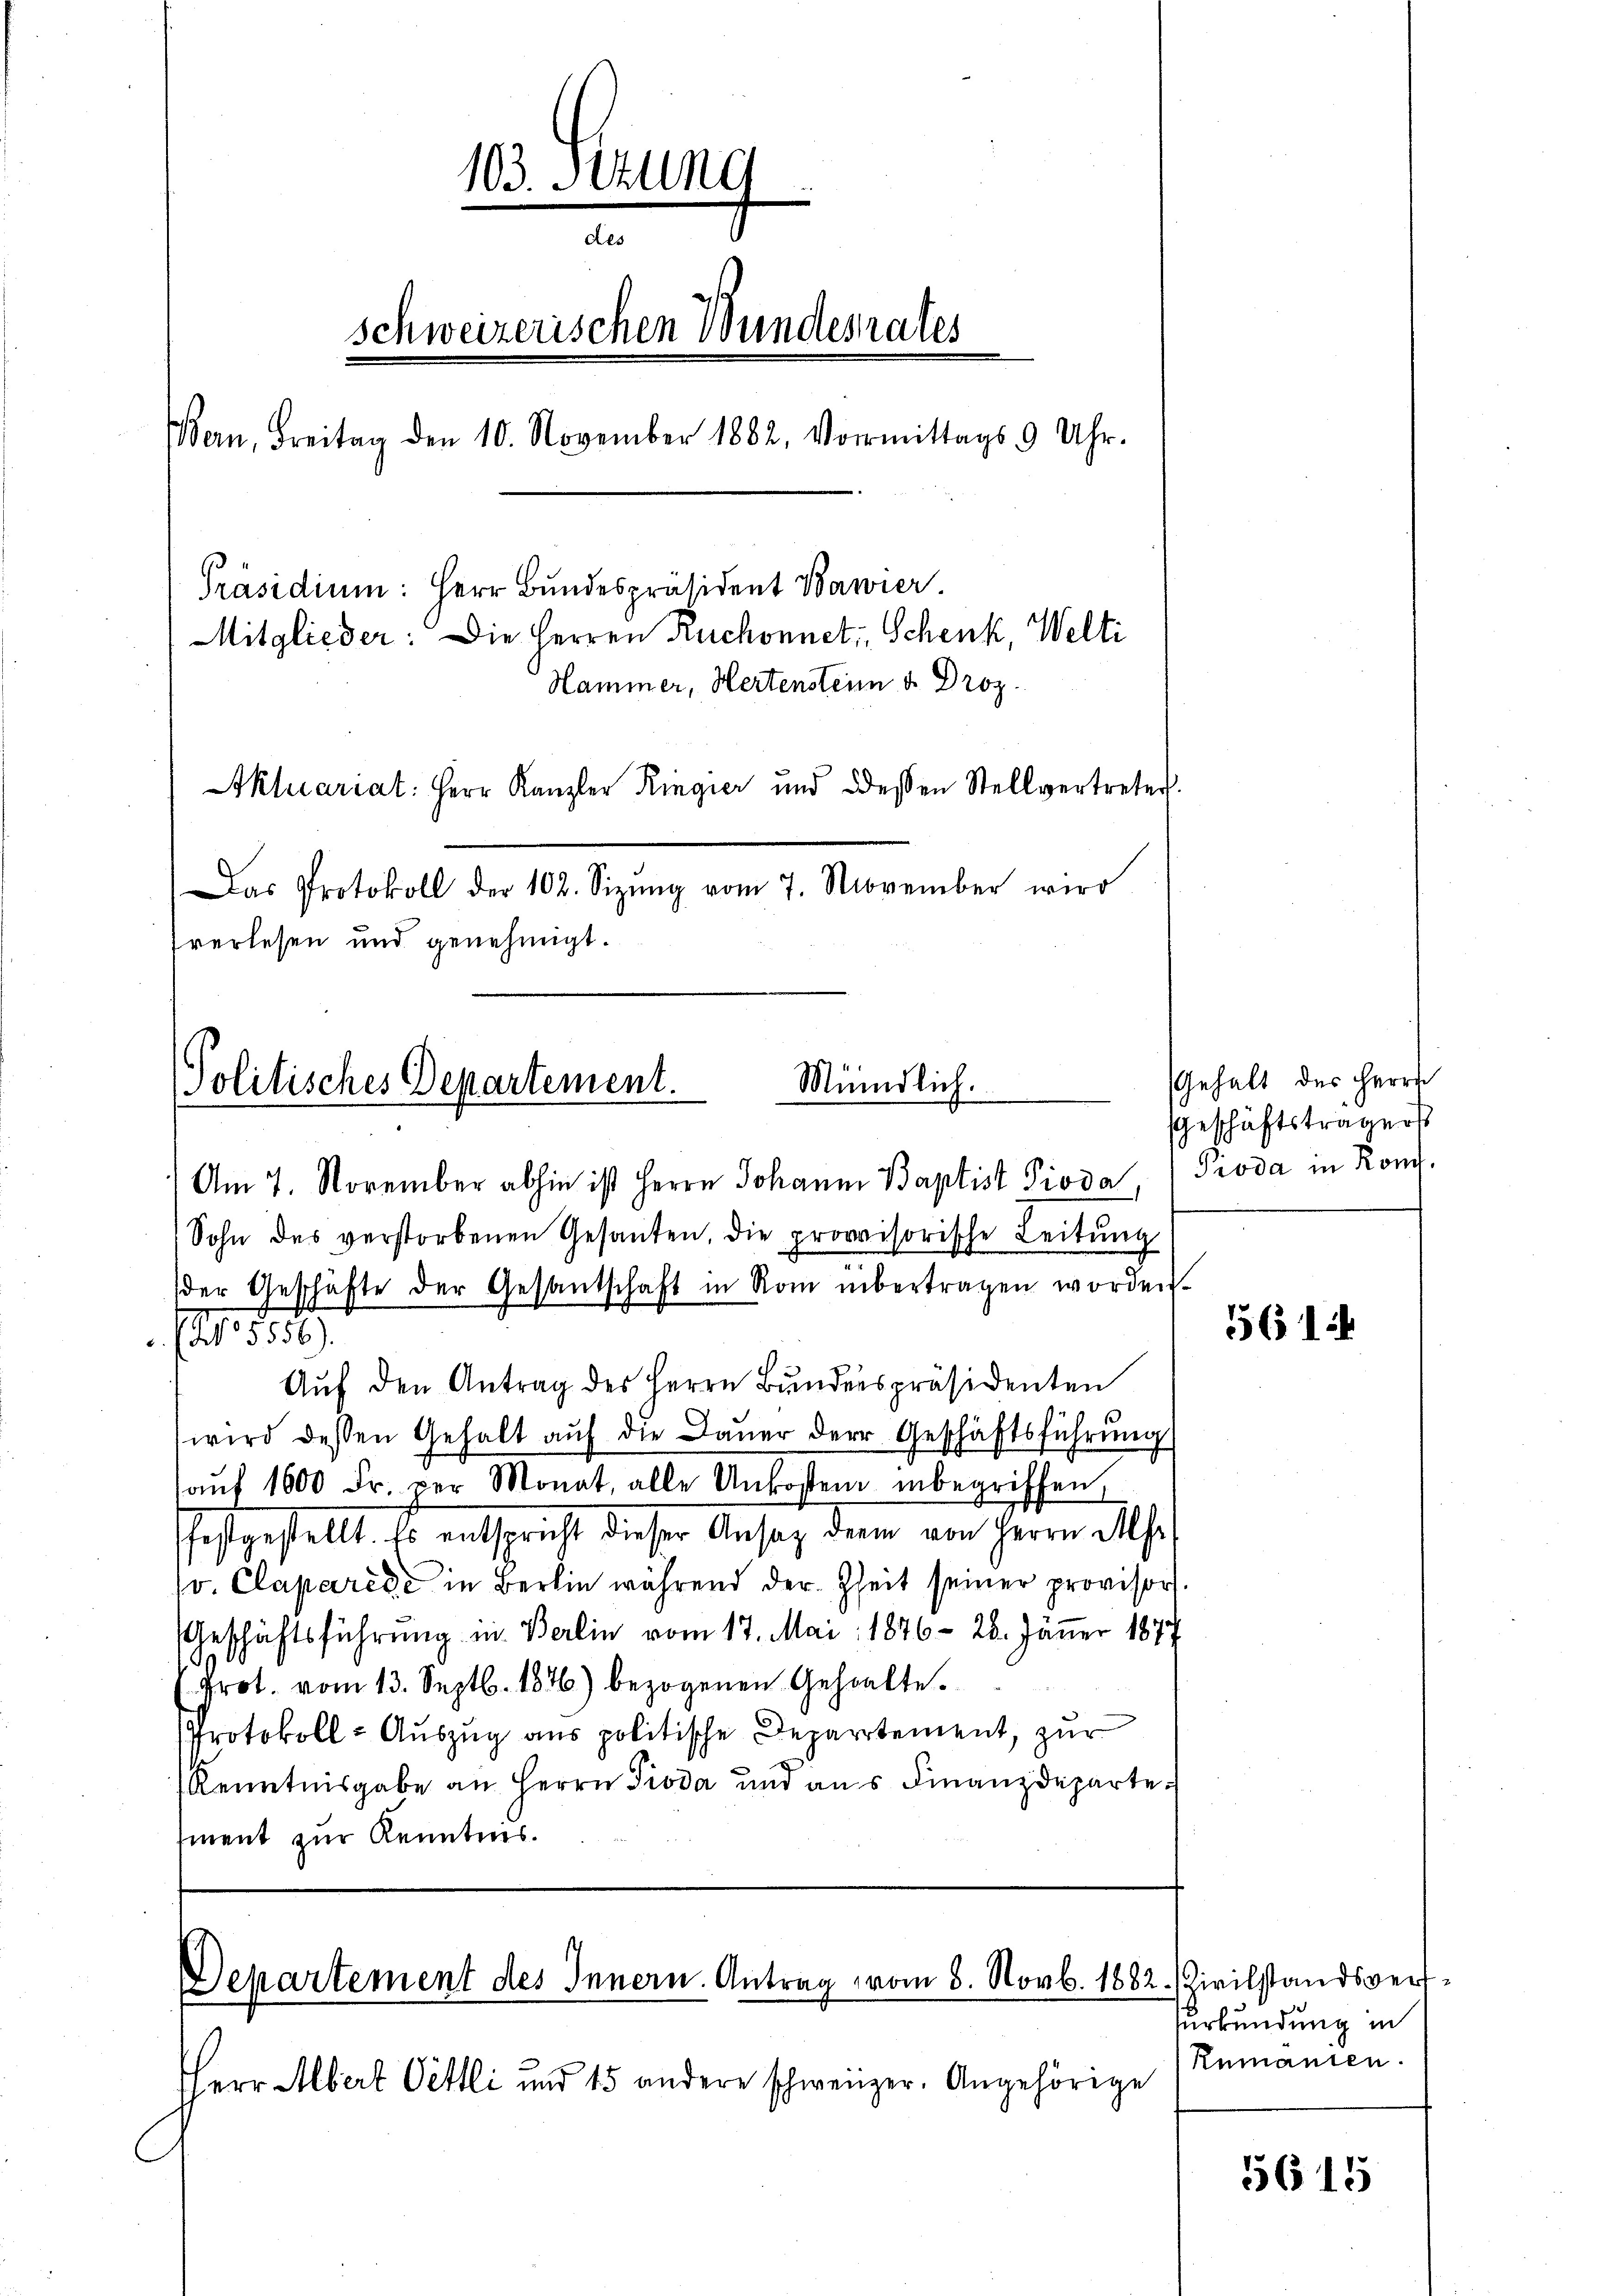
103. Sitzung
e
des
schweizerischen Wundesrates
Bern, Freitag den 10. November 1882, Vormittags 9 Uhr.
Präsidium: Herr Bundespräsident Wawier
Mitglieder: Die Herren Ruchonnet, Schenk, Welti
Hammer, Hertenstein u. Droz.
Aktuariat: Herr Kanzler Ringier und dessen Stellvertreter
Das Protokoll der 102. Sizŭng vom 7. November wird
verlesen und genehmigt.

Mündlich.
Politisches Departement.

Am 7. November abhin ist Herrn Johann Baptist Pioda, Pioda in Ron.
(Sohn des verstorbenen Gesanten, die provisorische Leitŭng
(der Geschäfte der Gesantschaft in Rom übertragen worden.
fl. 55
Aŭf den Antrag des Herrn Bunderspräsidenten
wird dessen Gehalt aŭf die Daŭer der Geschäftsführŭng
aŭf 1600 Fr. per Monat, alle Unkosten inbegriffen,
estgestellt, so entspricht dieser Ansatz dem am Herrn Absch
v. Claparede in Berlin während der Zeit seiner provisor
Geschäftsführung in Berlin vom 17. Mai 1846 - 26. Jänner 1877
" Prot. vom 13. Septb. 1846) bezogenen Gehalte.
Protokoll- Auszug aus politische Departement, zur
Kenntnisgabe an Herrn Pioda und aus Finanzdeparte
ment zur Kenntnis.

Departement des Innern. Antrag vom 8. Novb. 1882. Zivilstandsver¬

HHerr Albert Oettli und 15 andere schweizer. Angehörige

Gehalt des Herrn
Geschäftsträgers

561

surkundung in
Rumanien.

5615